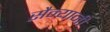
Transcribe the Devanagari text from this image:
सैन्यानी